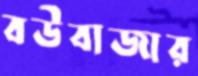
বউবাজার